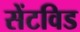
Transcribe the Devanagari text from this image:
सेंटविड